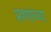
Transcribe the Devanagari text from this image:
प्रश्णांच्या